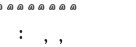
: